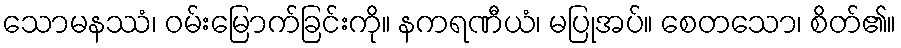
သောမနဿံ၊ ဝမ်းမြောက်ခြင်းကို။ နကရဏီယံ၊ မပြုအပ်။ စေတသော၊ စိတ်၏။